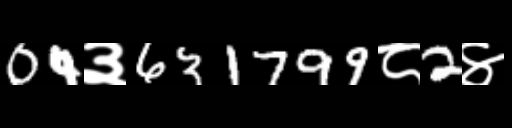
Text: 04३631799८2४